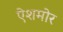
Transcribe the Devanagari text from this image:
ऐशमोर